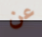
عن